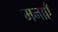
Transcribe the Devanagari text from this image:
मनाएँ